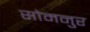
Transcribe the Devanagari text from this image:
सोमनुर